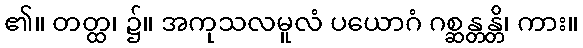
၏။ တတ္ထ၊ ၌။ အကုသလမူလံ ပယောဂံ ဂစ္ဆန္တန္တိ၊ ကား။